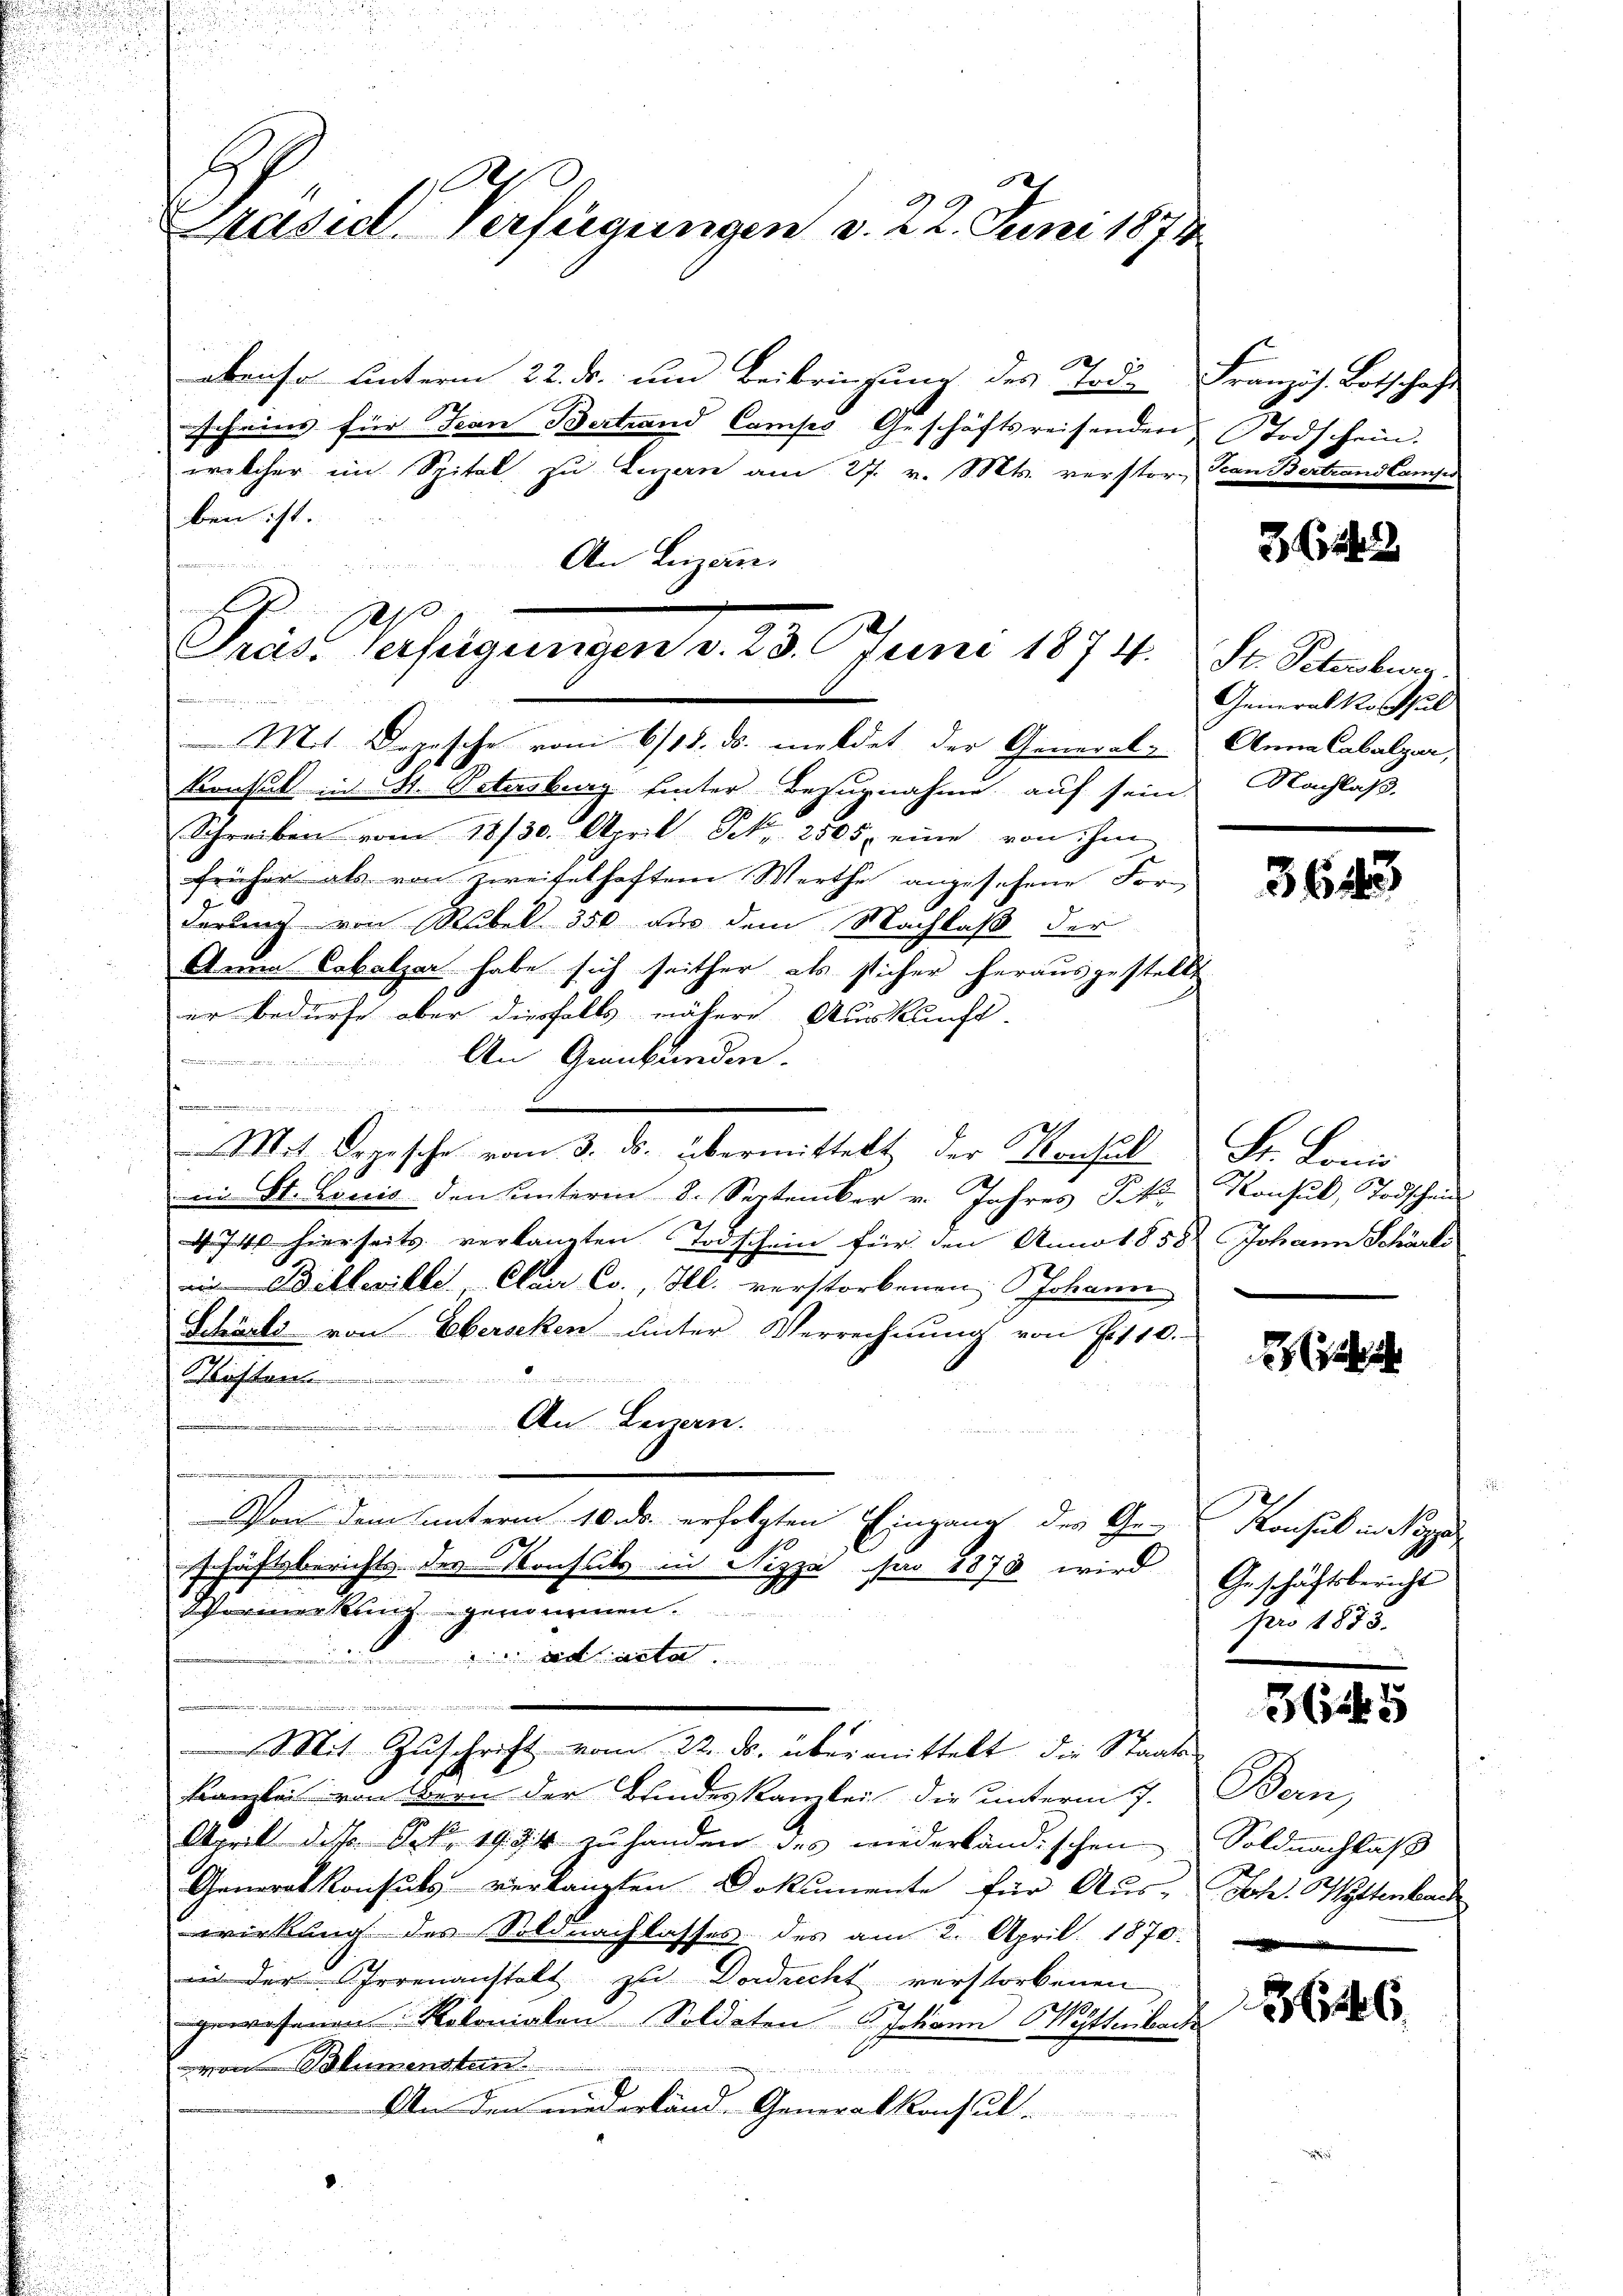
170
Präsid. Verfügungen v. 22. Juni 1874

e
Per
Präs. Verfügungen v. 23. Juni 1874.
Mt Drasche vom 6/18. ds. meldet der General-
1
Konsul in St. Petersburg hinter Bezugnahme auf sein

ebenso unterm 22. ds. um Beibringung des Tod
scheins für Jean Bertrand Camps Geschäftsreisender
welcher im Spital zu Luzern am 27. v. Mts. versto
ben ist.
An Luzern.
n
Schreiben vom 18/30. April Frk. 2505, eine von ihm
früher als von zweifelhaftem Werthe angesehene For-
derung von Rubel 350 aus dem Nachlaß der
Anna Cabalzer habe sich seither als sticher herausgeste
er bedürfe aber diesfalls nähere Auskunft.
An Graubünden.
Mit Segesche vom 3. ds. übermittelt der Konsul
in St. Louis den unterin 8. September v. Jahres Tit.
4. Jahr hierseits verlangten Todschein für den Annot 85
m Billeville. Clair Co., Hl. verstorbenen Johann
Schänks von Eberschen unter Verrechnung von S. 112
Kiften
An Herzen.
Landern den
Von dem unterm 10. ds. erfolgten Eingang des Ge-
schäftsberichts des Konsuls in Nizza der 1870 wird
Vormerkung genommen.
einvestinsta
.
Mit Zuschrift vom 22. ds. übermittelt, die Stad
kanzlei von Obern der Bindeskambei die unterm 7.
April des Oek. 1934 zu handen des wiederländischen
Generalkonsuls verlangten Dokumente für Aus-
wirkung des Soldnachlasses des am 2. April 1872
in der Irrenanstatt zu Dordrecht verstorbenen
gewesenen Rotonialen Soldaten Johann Wettenber
 Blumensten
.
An den niederland. Generalkonsul

Br

Französ. Botschaft
odschein.
Transtertrand Camps

f

36142

St. Peterobern.
Generalkosschul
Anna Cabalgar,
Nachlaß.

364

Fr. Louis
Konsul, Todschein
 Johann Schärte

ah ich

Konsul in Poppe
Geschäftsbericht
pro 1873.

36145

¬
Be
Soldnachlaß
Phofe. Wettenbar
2

86

t